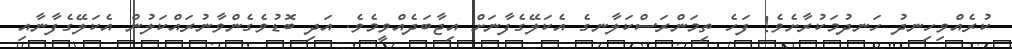
ކުރެއްވިހިނދު ހަނދުމަކުރާށެވެ! ފަހެ ތިމަންރަސްކަލާނގެ އެކަލޭގެފާނަށް އިޖާބަދެއްވީމެވެ. އަދި ބޮޑުވެގެންވާނުރައްކަލުން އެކަލޭގެފާނާއި